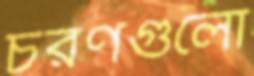
চরণগুলো